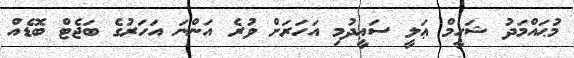
މުޙައްމަދު ޝަހީމް ޢަލީ ސަޢީދުމި އަހަރަށް ވުރެ އަންނަ އަހަރުގެ ބަޖެޓް ބޮޑެއް